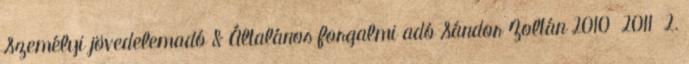
Személyi jövedelemadó & Általános forgalmi adó Sándor Zoltán 2010 2011 2.